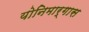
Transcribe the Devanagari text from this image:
योनिमार्गास